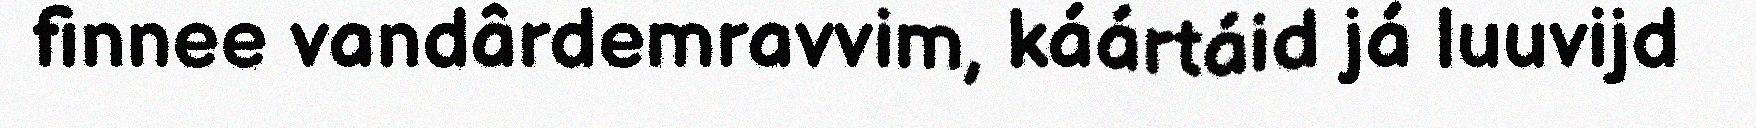
finnee vandârdemravvim, káártáid já luuvijd